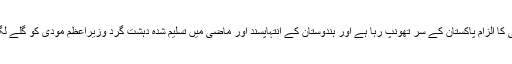
سپر پاور ہونے کے دعویدار کیلئے اعتراف شکست نہایت مشکل کام ہے، اس لیے اپنی ناکامی کا الزام پاکستان کے سر تھونپ رہا ہے اور ہندوستان کے انتہاپسند اور ماضی میں تسلیم شدہ دہشت گرد وزیراعظم مودی کو گلے لگانے کے بعد ڈونلڈ ٹرمپ پاکستان کیخلاف سخت رویہ اپنانے کی طرف مائل دکھائی دیتا ہے۔